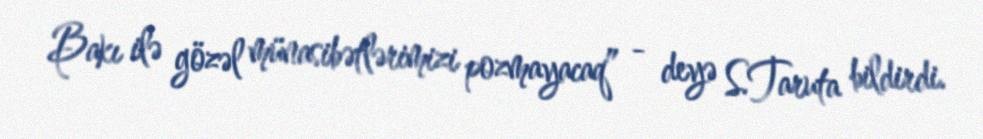
Bakı ilə gözəl münasibətlərimizi pozmayacaq” - deyə S.Taruta bildirdi.